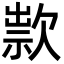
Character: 㱁